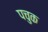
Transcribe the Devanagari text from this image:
पचुक